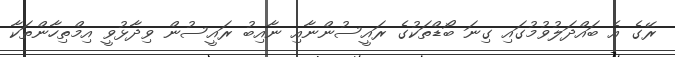
ރޭގެ އެ ބައްދަލުވުމުގައި ގިނަ ބޯޑްތަކުގެ ރައީސުންނާއި ނާއިބު ރައީސުން ވިދާޅުވީ އިމްތިހާންތަކާ